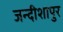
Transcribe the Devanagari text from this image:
जन्दीशापुर